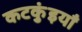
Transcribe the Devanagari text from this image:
कटकुंइयाँ